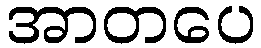
အာတပေ